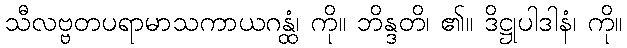
သီလဗ္ဗတပရာမာသကာယဂန္ထံ၊ ကို။ ဘိန္ဒတိ၊ ၏။ ဒိဋ္ဌုပါဒါနံ၊ ကို။